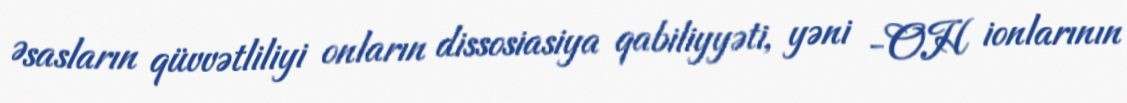
Əsasların qüvvətliliyi onların dissosiasiya qabiliyyəti, yəni -OH ionlarının